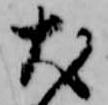
犬